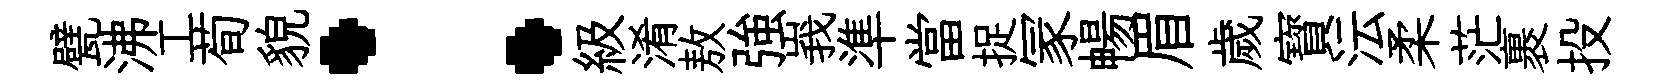
甓沸工荀貌：級淆敖強峩準當捉冡暢眉歲寳沄柔茫裹投